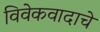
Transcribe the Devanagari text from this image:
विवेकवादाचे